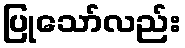
ပြုသော်လည်း